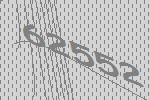
62552